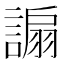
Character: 謆